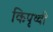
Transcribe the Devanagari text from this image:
किपृथ्वी